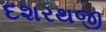
દશરથજી